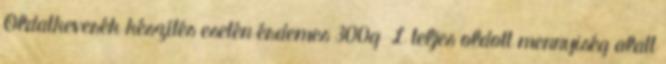
Oldatkeverék készítés esetén érdemes 300g L teljes oldott mennyiség alatt